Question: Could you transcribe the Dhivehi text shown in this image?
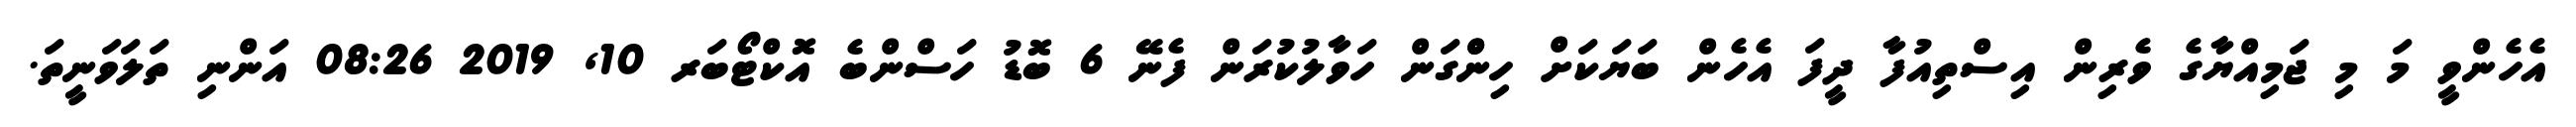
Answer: އެހެންވީ މަ މި ޖަމިއްޔާގެ ވެރިން އިސްތިއުފާ ދީފަ އެހެން ބަޔަކަށް ހިންްގަން ހަވާލުކުރަން ފެނޭ 6 ބޮޑު ހަސްންބެ އޮކްޓޯބަރ 10, 2019 08:26 އަންނި ތަލަވަނީތަ.